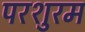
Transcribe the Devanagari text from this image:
परशुरम